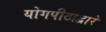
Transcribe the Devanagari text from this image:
योगपीठाद्वारे